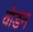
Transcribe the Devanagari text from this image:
वोडन